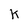
Character: k